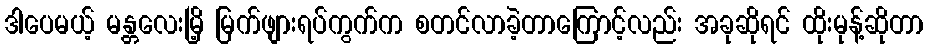
ဒါပေမယ့် မန္တလေးမြိ့ မြက်ဖျားရပ်ကွက်က စတင်လာခဲ့တာကြောင့်လည်း အခုဆိုရင် ထိုးမုန့်ဆိုတာ